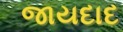
જાયદાદ